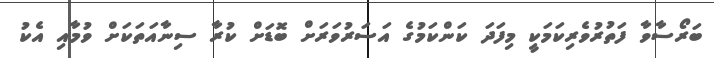
ބަރޯސާވާ ފަތުރުވެރިކަމަކީ މިފަދަ ކަންކަމުގެ އަސަރުވަރަށް ބޮޑަށް ކުރާ ސިނާއަތަކަށް ވުމާއި އެކު